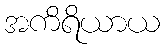
အကိရိယာယ